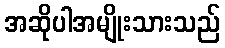
အဆိုပါအမျိုးသားသည်